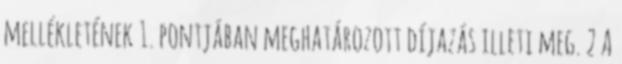
mellékletének 1. pontjában meghatározott díjazás illeti meg. 2 A